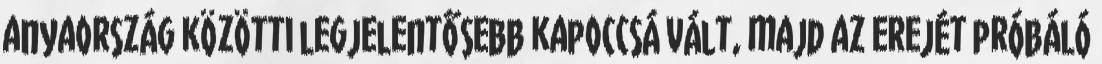
anyaország közötti legjelentősebb kapoccsá vált, majd az erejét próbáló